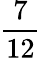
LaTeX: \frac{7}{12}